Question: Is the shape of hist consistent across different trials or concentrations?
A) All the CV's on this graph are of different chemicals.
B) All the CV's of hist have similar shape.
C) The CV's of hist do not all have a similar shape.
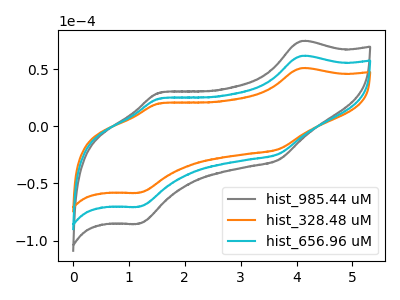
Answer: <think>The gray curve "hist_985.44 uM" has anodic peaks at (4.05V, 123.10uA) (1.55V, 48.70uA) and cathodic peaks at (3.70V, -48.20uA) (1.20V, -140.70uA). The orange curve "hist_328.48 uM" has anodic peaks at (4.05V, 50.85uA) (1.55V, 20.10uA) and cathodic peaks at (3.70V, -19.90uA) (1.20V, -58.10uA). The cyan curve "hist_656.96 uM" has anodic peaks at (4.05V, 61.55uA) (1.55V, 24.35uA) and cathodic peaks at (3.70V, -24.10uA) (1.20V, -70.35uA).
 All the peaks in "hist_985.44 uM" have a peak in "hist_328.48 uM" at the same potential. Every peak in "hist_985.44 uM" is higher than every peak in "hist_328.48 uM". All the peaks in "hist_985.44 uM" have a peak in "hist_656.96 uM" at the same potential. Every peak in "hist_985.44 uM" is higher than every peak in "hist_656.96 uM". All the peaks in "hist_328.48 uM" have a peak in "hist_656.96 uM" at the same potential. Every peak in "hist_328.48 uM" is lower than every peak in "hist_656.96 uM".</think>
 <answer>B) All the CV's of "hist" have similar shape.</answer>
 <eval>B</eval>